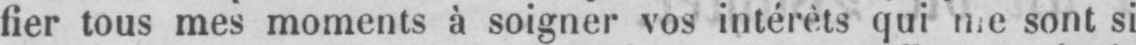
fier tous mes moments à soigner vos intérèts qui me sont si